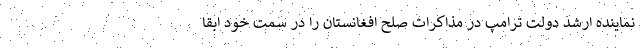
نماینده ارشد دولت ترامپ در مذاکرات صلح افغانستان را در سمت خود ابقا